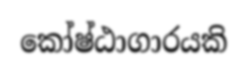
කෝෂ්ඨාගාරයකි